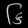
Digit: ၆